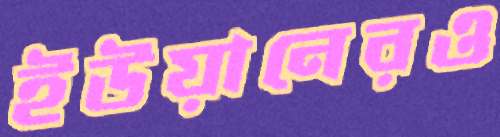
ইউয়ানেরও